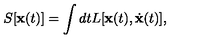
S [ \mathbf { x } ( t ) ] = \int d t L [ \mathbf { x } ( t ) , \dot { \mathbf { x } } ( t ) ] ,